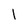
Character: l